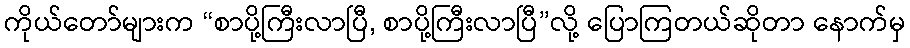
ကိုယ်တော်များက “စာပို့ကြီးလာပြီ, စာပို့ကြီးလာပြီ”လို့ ပြောကြတယ်ဆိုတာ နောက်မှ